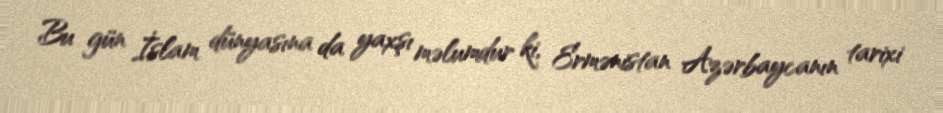
Bu gün İslam dünyasına da yaxşı məlumdur ki, Ermənistan Azərbaycanın tarixi